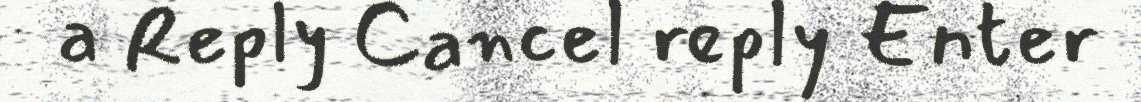
a Reply Cancel reply Enter